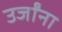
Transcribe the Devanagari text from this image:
उर्जांना